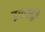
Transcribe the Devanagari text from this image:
द्रकसूत्र